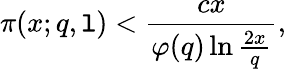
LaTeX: \pi(x;q,\mathtt{l})<{\frac{{cx}}{{\varphi(q)\ln{\frac{{2x}}{{q}}}}}},